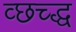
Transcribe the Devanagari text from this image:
व्छच्द्ध